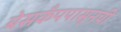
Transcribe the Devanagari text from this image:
बेसकँपपासूनची